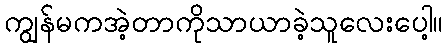
ကျွန်မကအဲ့တာကိုသာယာခဲ့သူလေးပေါ့။